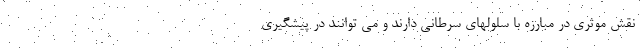
نقش موثری در مبارزه با سلولهای سرطانی دارند و می توانند در پیشگیری